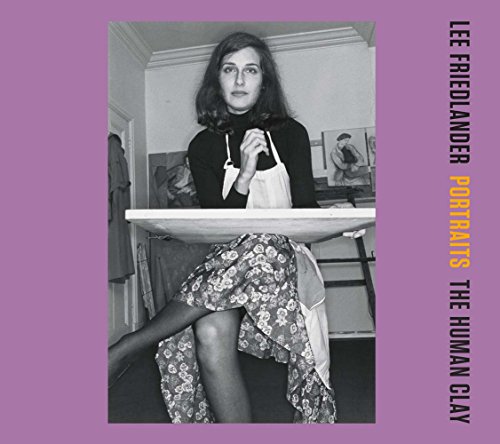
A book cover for Portraits: The Human Clay; Lee Friedlander; Arts & Photography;